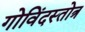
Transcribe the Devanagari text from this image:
गोविंदस्तोत्र